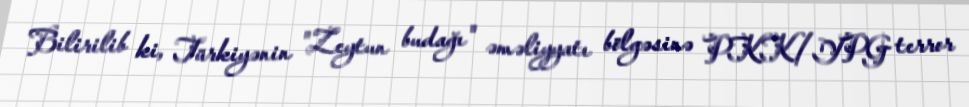
Bilirilib ki, Türkiyənin "Zeytun budağı" əməliyyatı bölgəsinə PKK/YPG terror